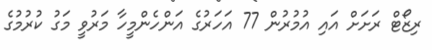
ރިޒޯޓް ރަށަށް އައި އުމުރުން 77 އަހަރުގެ އަންހެންމީހާ މަރުވީ މަގު ކުރުމުގެ